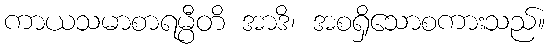
ကာယသမာစာရမ္ပီတိ အာဒိ၊ အစရှိသောစကားသည်။